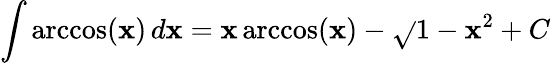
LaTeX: \int\operatorname{arccos}(\mathbf{x})\, d\mathbf{x}=\mathbf{x}\operatorname{arccos}(\mathbf{x})-{\sqrt{}{{1-\mathbf{x}^{2}}}}+C